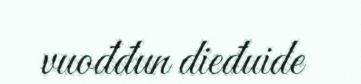
vuođđun dieđuide